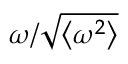
\omega / \sqrt { \left\langle \omega ^ { 2 } \right\rangle }